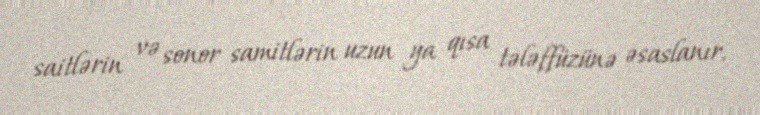
saitlərin və sonor samitlərin uzun ya qısa tələffüzünə əsaslanır.